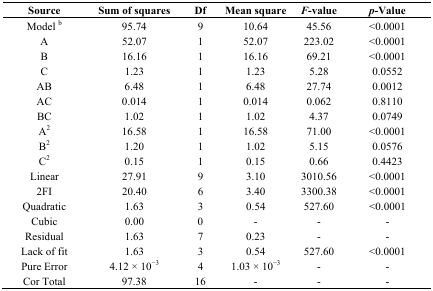
| Source | Sum of squares | Df | Mean square | F-value | p-Value |
 | --- | --- | --- | --- | --- | --- |
 | Model b | 95.74 | 9 | 10.64 | 45.56 | <0.0001 |
 | A | 52.07 | 1 | 52.07 | 223.02 | <0.0001 |
 | B | 16.16 | 1 | 16.16 | 69.21 | <0.0001 |
 | C | 1.23 | 1 | 1.23 | 5.28 | 0.0552 |
 | AB | 6.48 | 1 | 6.48 | 27.74 | 0.0012 |
 | AC | 0.014 | 1 | 0.014 | 0.062 | 0.8110 |
 | BC | 1.02 | 1 | 1.02 | 4.37 | 0.0749 |
 | A2 | 16.58 | 1 | 16.58 | 71.00 | <0.0001 |
 | B2 | 1.20 | 1 | 1.02 | 5.15 | 0.0576 |
 | C2 | 0.15 | 1 | 0.15 | 0.66 | 0.4423 |
 | Linear | 27.91 | 9 | 3.10 | 3010.56 | <0.0001 |
 | 2FI | 20.40 | 6 | 3.40 | 3300.38 | <0.0001 |
 | Quadratic | 1.63 | 3 | 0.54 | 527.60 | <0.0001 |
 | Cubic | 0.00 | 0 | - | - | - |
 | Residual | 1.63 | 7 | 0.23 | - | - |
 | Lack of fit | 1.63 | 3 | 0.54 | 527.60 | <0.0001 |
 | Pure Error | 4.12 × 10−3 | 4 | 1.03 × 10−3 | - | - |
 | Cor Total | 97.38 | 16 | - | - | - |